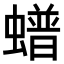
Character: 𧑹